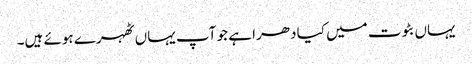
یہاں بٹوت میں کیا دھرا ہے جو آپ یہاں ٹھہرے ہوئے ہیں۔